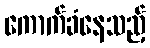
ကောက်ခံနေသည့်